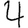
Digit: 4